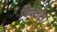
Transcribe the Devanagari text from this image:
फिक्सस